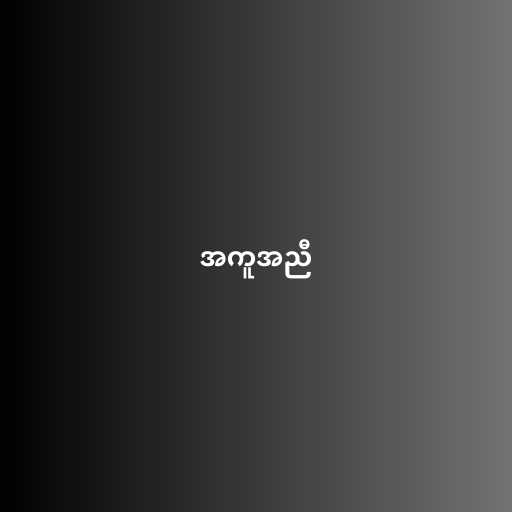
အကူအညီ